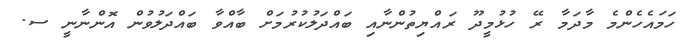
ހަމައެހެންމެ މާދަމާ ރޭ ހުޅުމީދޫ ރައްޔިތުންނާއި ބައްދަލުކުރުމަަށް ބާއްވާ ބައްދަލުވުން އޮންނާނީ ސ.